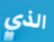
الذي